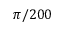
\pi / 2 0 0